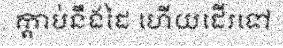
ក្តាប់នឹងដៃ ហើយដើរទៅ